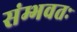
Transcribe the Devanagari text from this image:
संम्भवतः